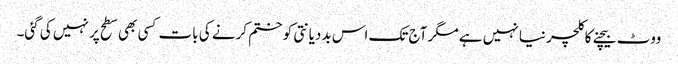
ووٹ بیچنے کا کلچر نیا نہیں ہے مگر آج تک اس بددیانتی کو ختم کرنے کی بات کسی بھی سطح پر نہیں کی گئی۔